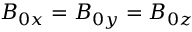
B _ { 0 x } = B _ { 0 y } = B _ { 0 z }